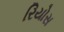
રિયોસ